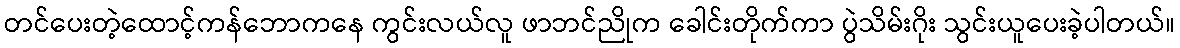
တင်ပေးတဲ့ထောင့်ကန်ဘောကနေ ကွင်းလယ်လူ ဖာဘင်ညိုက ခေါင်းတိုက်ကာ ပွဲသိမ်းဂိုး သွင်းယူပေးခဲ့ပါတယ်။